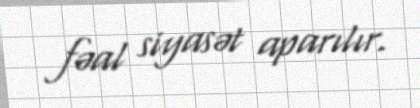
fəal siyasət aparılır.